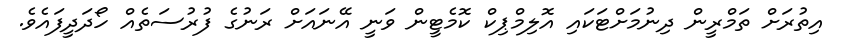
އިތުރަށް ތަމްރީން ދިނުމަށްޓަކައި އޮލިމްޕިކް ކޮމެޓީން ވަނީ އޭނައަށް ރަނުގެ ފުރުސަތެއް ހޯދަދީފައެވެ.